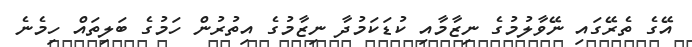
އޭގެ ތެރޭގައި ނޭވާލުމުގެ ނިޒާމާއި ކުޑަކަމުދާ ނިޒާމުގެ އިތުރުން ހަމުގެ ބަލިތައް ހިމެނެ